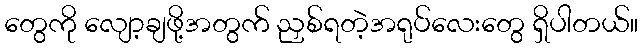
တွေကို လျော့ချဖို့အတွက် ညှစ်ရတဲ့အရုပ်လေးတွေ ရှိပါတယ်။